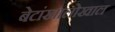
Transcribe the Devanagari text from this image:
बेटांखालोखाल